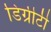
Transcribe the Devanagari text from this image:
डिग्रीटी